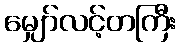
မျှော်လင့်တကြီး